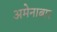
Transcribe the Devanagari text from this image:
अमेनाबार